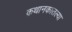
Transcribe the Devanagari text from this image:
कथानकातल्या